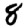
Digit: 8